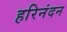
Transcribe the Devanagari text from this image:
हरिनंदन